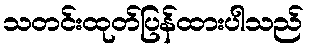
သတင်းထုတ်ပြန်ထားပါသည်